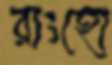
রাংহো